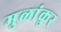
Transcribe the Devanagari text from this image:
मुळांकुर